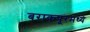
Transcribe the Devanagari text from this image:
बराकपूरमध्ये